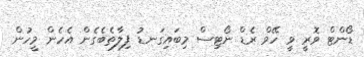
ޑޯންޓް ވޮރީ ވީ ހޭވް ރެޑް ނޯޓިސް މިބައިގަނޑު ފިލާތެބެގެން އެހެން މީހުން